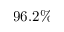
9 6 . 2 \%